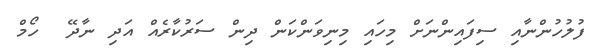
ފުލުހުންނާއި ސިފައިންނަށް މިހައި މިނިވަންކަން ދިން ސަރުކާރެއް އަދި ނާދޭ  ހޯމް